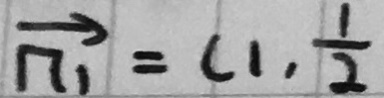
\overrightarrow { n _ { 1 } } = ( 1 , \frac { 1 } { 2 }